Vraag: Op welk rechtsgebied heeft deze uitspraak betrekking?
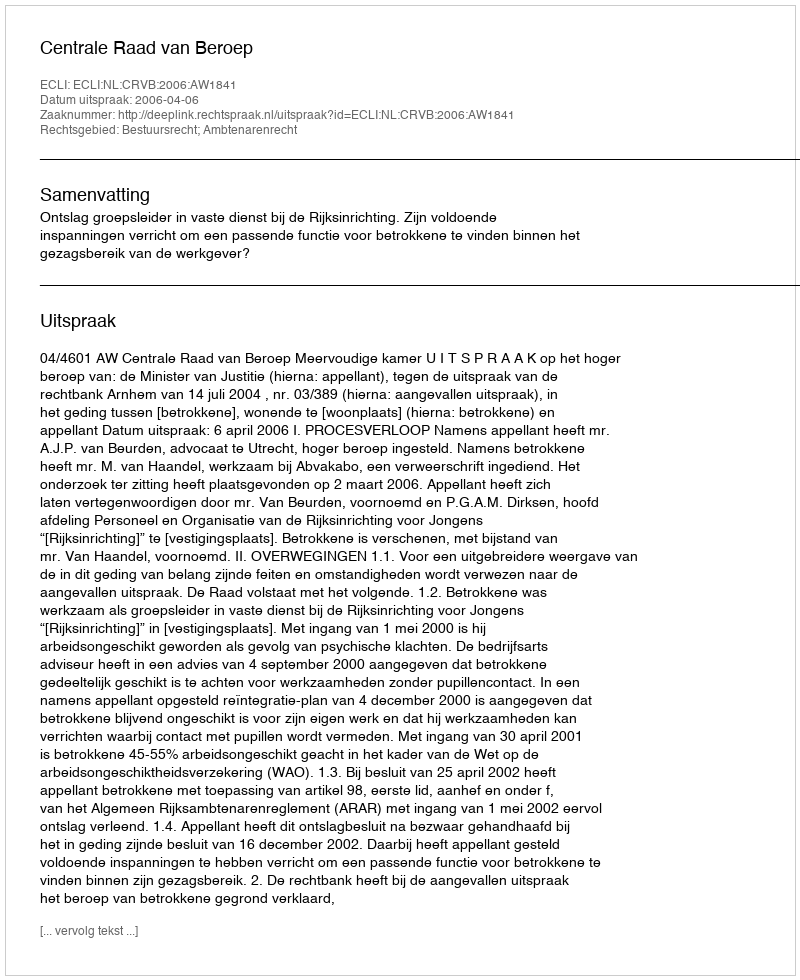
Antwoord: Bestuursrecht; Ambtenarenrecht